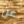
عن